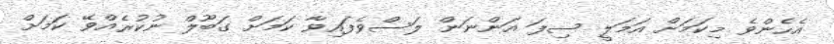
އެހެންވެ މިކަމަށް އަމަލީ ސިފަ އަންނަން ލަސްވެފައިވާ ކަމަށް ގަބޫލް ނުކުރެއްވޭ ކަމަށް